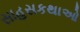
સાહસકથાઓ